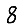
Digit: 8